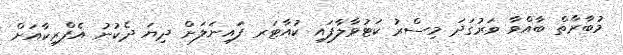
މުބާރާތް ބާއްވާ ވަރުގަދަ މިސްރު ކަޓުވާލާފައި ކުއާޓަރ ފައިނަލަށް ދިޔަ ދެކުނު އެފްރިކާއަށް